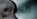
الجميع